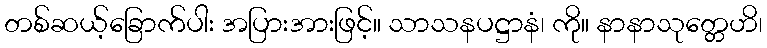
တစ်ဆယ့်ခြောက်ပါး အပြားအားဖြင့်။ သာသနပဋ္ဌာနံ၊ ကို။ နာနာသုတ္တေဟိ၊